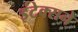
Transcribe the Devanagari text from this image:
इंटेक्सने